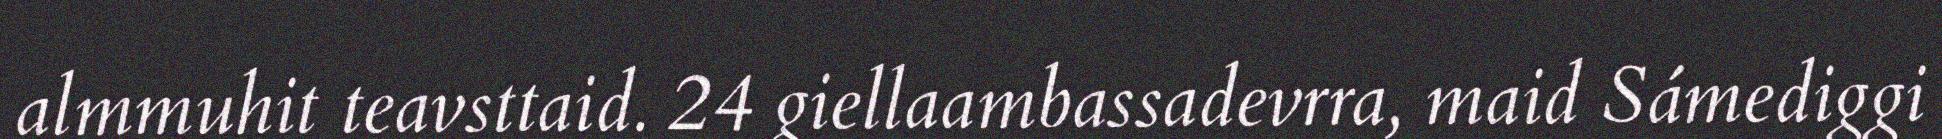
almmuhit teavsttaid. 24 giellaambassadevrra, maid Sámediggi